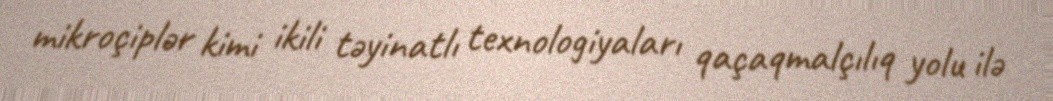
mikroçiplər kimi ikili təyinatlı texnologiyaları qaçaqmalçılıq yolu ilə